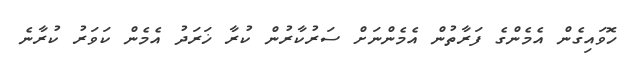
ހޮވައިގެން އެމެންގެ ފަރާތުން އެމެންނަށް ސަރުކާރުން ކުރާ ޚަރަދު އެމެން ކަވަރު ކުރާނެ